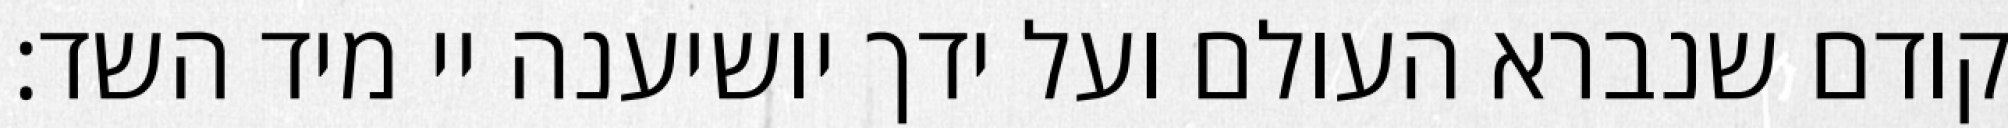
קודם שנברא העולם ועל ידך יושיענה יי מיד השד: